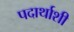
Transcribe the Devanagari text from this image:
पदार्थाशी